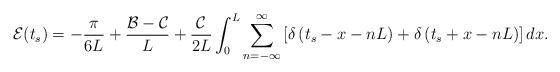
LaTeX: \begin{align*}\mathcal{E}(t_s) = -\frac{\pi}{6L} + \frac{\mathcal{B}-\mathcal{C}}{L} +\frac{\mathcal{C}}{2L}\int_{0}^{L} \sum_{n=-\infty}^\infty\left[\delta\left(t_s-x-nL\right)+ \delta\left(t_s+x-nL\right)\right] dx.\end{align*}